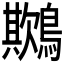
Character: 𪅾